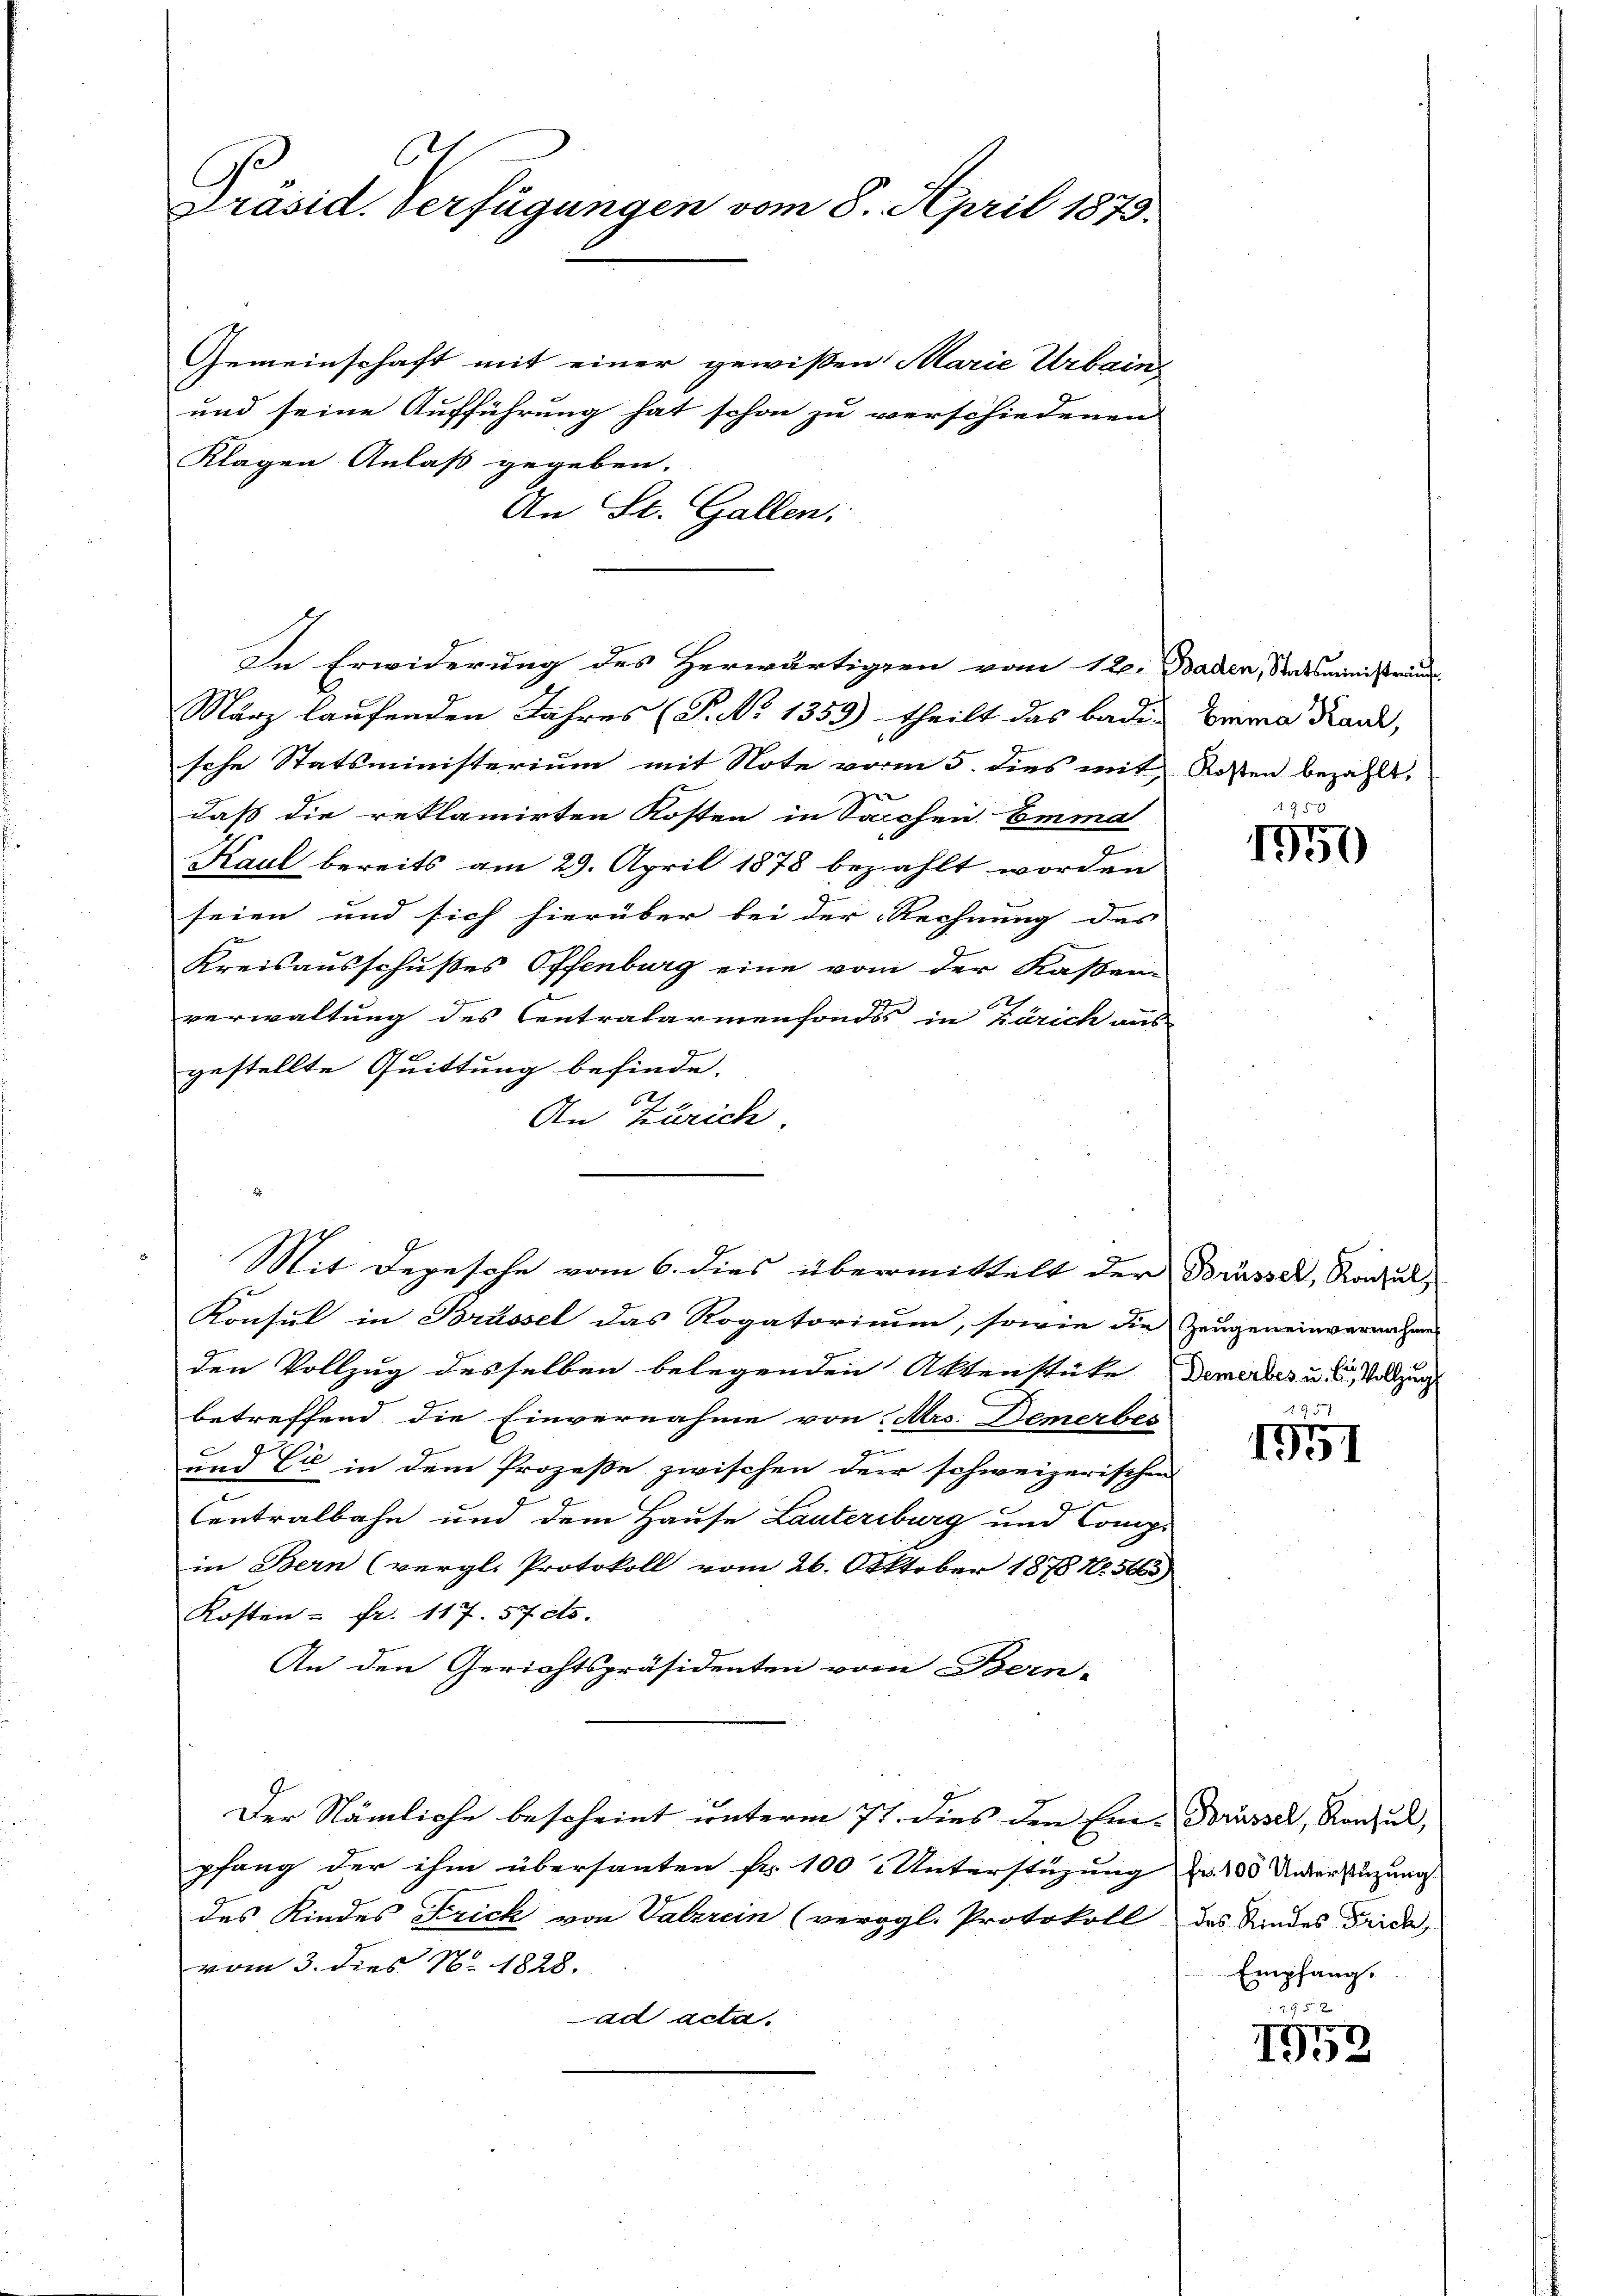
.
Präsid. Verfügungen vom 8. April 1875.

Gemeinschaft mit einer gewissen Marie Urbains
und seine Aufführung hat schon zu verschiedenen
Klagen Anlaß gegeben.
An St. Gallen,
März laufenden Jahres (T. No 1359) theilt das Baden Emma Kauz,
sche Statsministerium mit Note vom 5. dies mit Rosten bezahlt,
daß die reklamirten Kosten in Sachen Emma
Kaul bereits am 29. April 1878 bezahlt worden
seien und sich hierüber bei der Rechnung des
Kreisausschußes Offenburg eine vom der Kassen-
2
verwaltung des Centralarmenfonds in Zürich aus-
gestellte Quittung befinde.
12
An Zürich.
Mit Depesche vom 6. dies übermittelt der Brässer, Roul
Konsul in Brüssel das Rogatorium, sowie die Zeugen einvernahme
den Vollzug desselben belegenden Aktenstüke Demerbes u. Vollzug
betreffend die Einvernahme von Ars. Demerbes
und Cie in dem Prozeße zwischen der schweizerischen
Centralbahn und dem Hause Lautersburg und Comp.
in Bern (vergl. Protokoll vom 26. Oktober 1878 No. 5665)
Kosten - Fr. 117. 57 cts.
An den Gerichtspräsidenten vom Bern-
Der Nämliche bescheint unterm 7. dies den Ein- Brüssel, Konsul,
pfang der ihm übersanten Fr. 100 Unterstüzung
des Kindes Frich von Valerein (vergl. Protokoll das Kindes Frida,
vom 3. dies N. 1828.
ad acta.

In Erwiderung des Herwärtigen vom 12. Baden, Statsministrau

95x
1950

1551

Fr. 100 Unterstüzung
Empfang.
1 f 0 x

1952